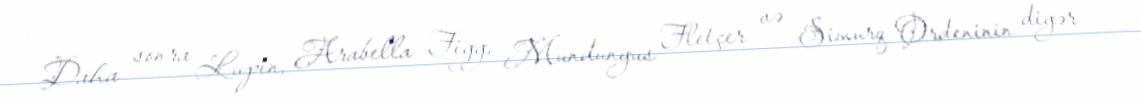
Daha sonra Lupin, Arabella Figg, Mundungus Fletçer və Simurq Ordeninin digər